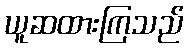
ယူဆထားကြသည်